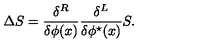
\Delta S = \frac { \delta ^ { R } } { \delta \phi ( x ) } \frac { \delta ^ { L } } { \delta \phi ^ { \star } ( x ) } S .